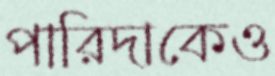
পারিদাকেও